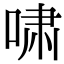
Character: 啸